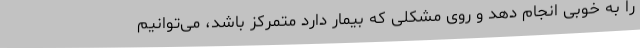
را به خوبی انجام دهد و روی مشکلی که بیمار دارد متمرکز باشد، می‌توانیم